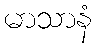
မာသာနံ